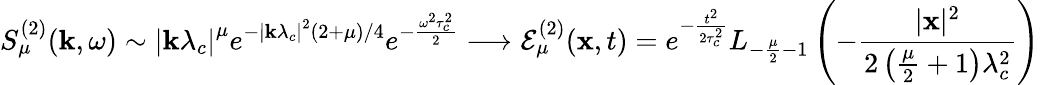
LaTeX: S_{\mu}^{(2)}(\mathbf{k},\omega)\sim\left|\mathbf{k}\lambda_{c}\right|^{\mu}e^{-\left|\mathbf{k}\lambda_{c}\right|^{2}(2+\mu)/4}e^{-\frac{\omega^{2}\tau_{c}^{2}}{2}}\longrightarrow\mathcal{E}_{\mu}^{(2)}(\mathbf{x},t)=e^{-\frac{t^{2}}{2\tau_{c}^{2}}}L_{-\frac{\mu}{2}-1}\left(-\frac{|\mathbf{x}|^{2}}{2\left(\frac{\mu}{2}+1\right)\lambda_{c}^{2}}\right)